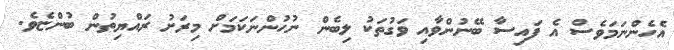
އެހެންނަމަވެސް އެ ފައިސާ ބޭނުންވާއި ވަގުތަކު ލިބެން ނުހުންނަކަމަށް މިރަށު ރައްޔިތުން ބުންޏެވެ.